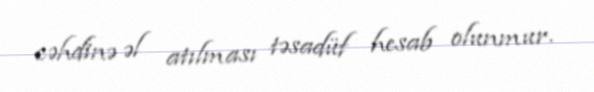
cəhdinə əl atılması təsadüf hesab olunmur.